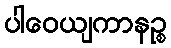
ပါဝေယျကာနဉ္စ